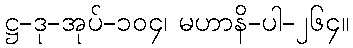
ဋ္ဌ-ဒု-အုပ်-၁၀၄၊ မဟာနိ-ပါ-၂၆၄။